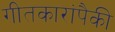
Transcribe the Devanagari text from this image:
गीतकारांपैकी